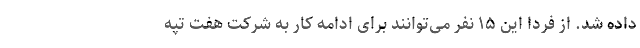
داده شد. از فردا این ۱۵ نفر می‌توانند برای ادامه کار به شرکت هفت تپه